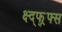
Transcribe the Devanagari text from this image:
क्ष्द्फ्र्फ्स